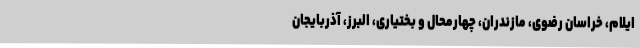
ایلام، خراسان رضوی، مازندران، چهارمحال و بختیاری، البرز، آذربایجان